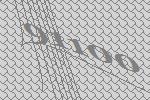
91100